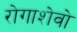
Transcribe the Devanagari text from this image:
रोगाशेवो